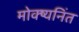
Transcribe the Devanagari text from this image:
मोक्ष्यनिंत